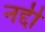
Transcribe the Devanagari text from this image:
नद्दी